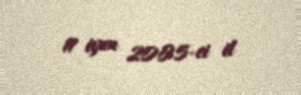
11 iyun 2005-ci il